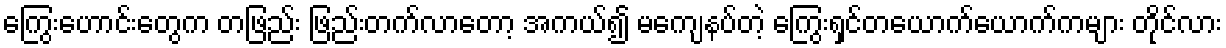
ကြွေးဟောင်းတွေက တဖြည်း ဖြည်းတက်လာတော့ အကယ်၍ မကျေနပ်တဲ့ ကြွေးရှင်တယောက်ယောက်ကများ တိုင်လား